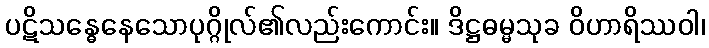
ပဋိသန္ဓေနေသောပုဂ္ဂိုလ်၏လည်းကောင်း။ ဒိဋ္ဌဓမ္မသုခ ဝိဟာရိဿဝါ၊